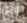
التي